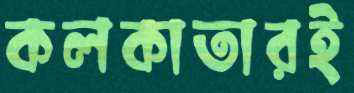
কলকাতারই